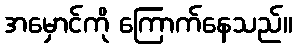
အမှောင်ကို ကြောက်နေသည်။